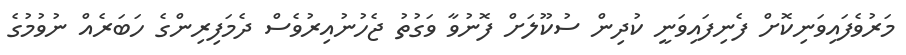
މަރުވެފައިވަނިކޮށް ފެނިފައިވަނީ ކުދިން ސުކޫލަށް ފޮނުވާ ވަގުތު ޖެހުނުއިރުވެސް ދެމަފިރިންގެ ހަބަރެއް ނުވުމުގެ